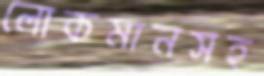
লোকমানসহ